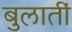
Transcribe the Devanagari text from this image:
बुलातीं